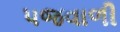
પજવાળી